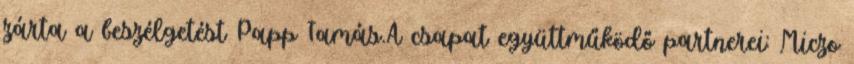
zárta a beszélgetést Papp Tamás.A csapat együttműködő partnerei: Miczo